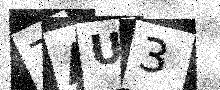
Text: ZAU3